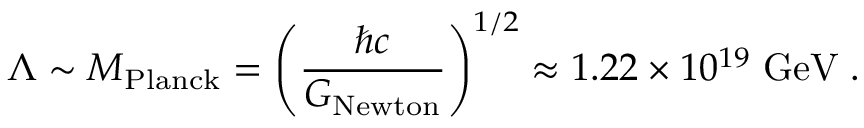
\Lambda \sim M _ { \mathrm { P l a n c k } } = \left( \frac { \hbar c } { G _ { \mathrm { N e w t o n } } } \right) ^ { 1 / 2 } \approx 1 . 2 2 \times 1 0 ^ { 1 9 } \mathrm { \; G e V } \; .